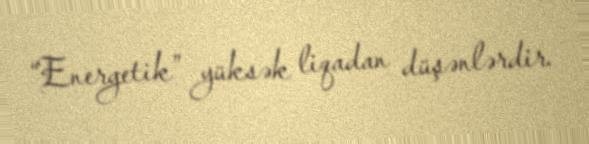
“Energetik” yüksək liqadan düşənlərdir.